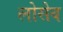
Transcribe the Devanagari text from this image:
लोसेव